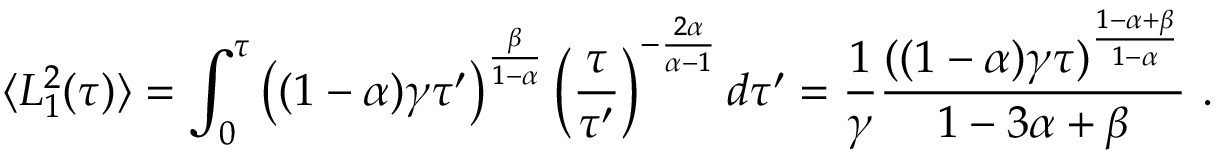
\langle L _ { 1 } ^ { 2 } ( \tau ) \rangle = \int _ { 0 } ^ { \tau } \left( ( 1 - \alpha ) \gamma \tau ^ { \prime } \right) ^ { \frac { \beta } { 1 - \alpha } } \left( \frac { \tau } { \tau ^ { \prime } } \right) ^ { - \frac { 2 \alpha } { \alpha - 1 } } d \tau ^ { \prime } = \frac { 1 } { \gamma } \frac { ( ( 1 - \alpha ) \gamma \tau ) ^ { \frac { 1 - \alpha + \beta } { 1 - \alpha } } } { 1 - 3 \alpha + \beta } \ .